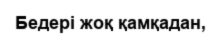
Бедері жоқ қамқадан,